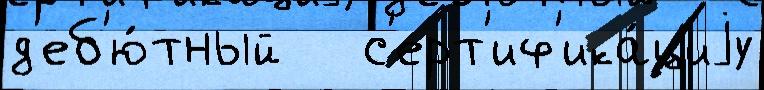
д'еб'ю́тный   с'ерт'иф'ика́циjу